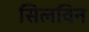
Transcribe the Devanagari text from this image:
सिलविन